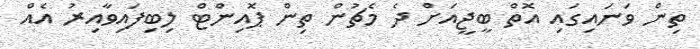
ތިން ވަނައިގައި އޮތް ބީޖީއަށް ދެ މެޗުން ތިން ޕޮއިންޓް ލިބިފައިވާއިރު އެއް